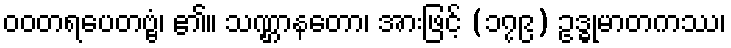
ဝဝတရပေတဗ္ဗံ၊ ၏။ သဏ္ဌာနတော၊ အားဖြင့် (၁၇၉) ဥဒ္ဓုမာတကဿ၊